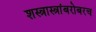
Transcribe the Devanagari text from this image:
शस्त्रास्त्रांबरोबरच